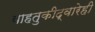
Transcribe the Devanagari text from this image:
वाहतुकीद्वारेही